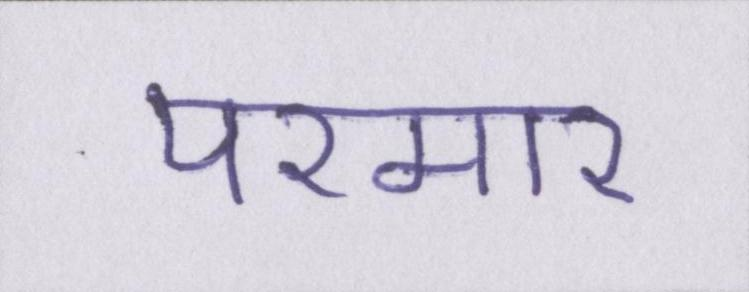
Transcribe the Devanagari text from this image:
परमार